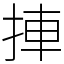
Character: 捙